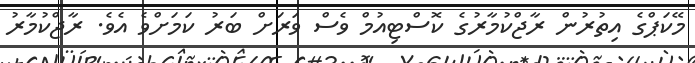
މޭކަޕްގެ އިތުރުން ރާޖްކުމާރުގެ ކޮސްޓިއުމް ވެސް ވަރަށް ބަރު ކަމަށްވެ އެވެ. ރާޖްކުމާރު